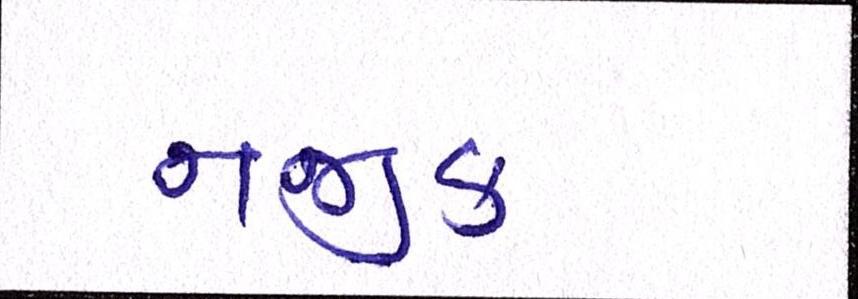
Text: નજીક